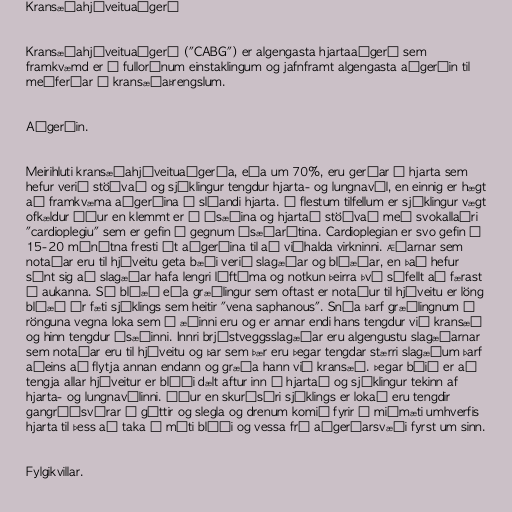
Kransæðahjáveituaðgerð

Kransæðahjáveituaðgerð ("CABG") er algengasta hjartaaðgerð sem
framkvæmd er á fullorðnum einstaklingum og jafnframt algengasta aðgerðin til
meðferðar á kransæðaþrengslum.

Aðgerðin.

Meirihluti kransæðahjáveituaðgerða, eða um 70%, eru gerðar á hjarta sem
hefur verið stöðvað og sjúklingur tengdur hjarta- og lungnavél, en einnig er hægt
að framkvæma aðgerðina á sláandi hjarta. Í flestum tilfellum er sjúklingur vægt
ofkældur áður en klemmt er á ósæðina og hjartað stöðvað með svokallaðri
"cardioplegiu" sem er gefin í gegnum ósæðarótina. Cardioplegian er svo gefin á
15-20 mínútna fresti út aðgerðina til að viðhalda virkninni. Æðarnar sem
notaðar eru til hjáveitu geta bæði verið slagæðar og bláæðar, en það hefur
sýnt sig að slagæðar hafa lengri líftíma og notkun þeirra því sífellt að færast
í aukanna. Sú bláæð eða græðlingur sem oftast er notaður til hjáveitu er löng
bláæð úr fæti sjúklings sem heitir "vena saphanous". Snúa þarf græðlingnum á
rönguna vegna loka sem í æðinni eru og er annar endi hans tengdur við kransæð
og hinn tengdur ósæðinni. Innri brjóstveggsslagæðar eru algengustu slagæðarnar
sem notaðar eru til hjáveitu og þar sem þær eru þegar tengdar stærri slagæðum þarf
aðeins að flytja annan endann og græða hann við kransæð. Þegar búið er að
tengja allar hjáveitur er blóði dælt aftur inn í hjartað og sjúklingur tekinn af
hjarta- og lungnavélinni. Áður en skurðsári sjúklings er lokað eru tengdir
gangráðsvírar í gáttir og slegla og drenum komið fyrir í miðmæti umhverfis
hjarta til þess að taka á móti blóði og vessa frá aðgerðarsvæði fyrst um sinn.

Fylgikvillar.